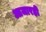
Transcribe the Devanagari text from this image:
आजारही